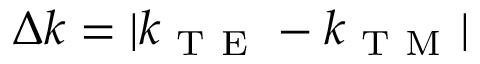
\Delta k = | k _ { \mathrm { ~ T ~ E ~ } } - k _ { \mathrm { ~ T ~ M ~ } } |